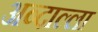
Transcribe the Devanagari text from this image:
अब्दाल्ला